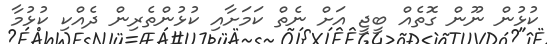
ކުޅުން ނޫން ގޮތެއް ބީޖީ އަށް ނެތް ކަމަށާއި ކުޅުންތެރިން ދެއްކި ކުޅުމާ